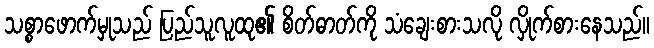
သစ္စာဖောက်မှုသည် ပြည်သူလူထု၏ စိတ်ဓာတ်ကို သံချေးစားသလို လှိုက်စားနေသည်။